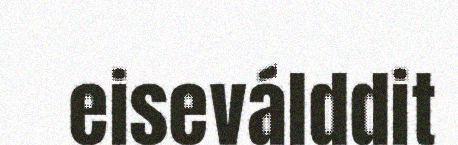
eiseválddit